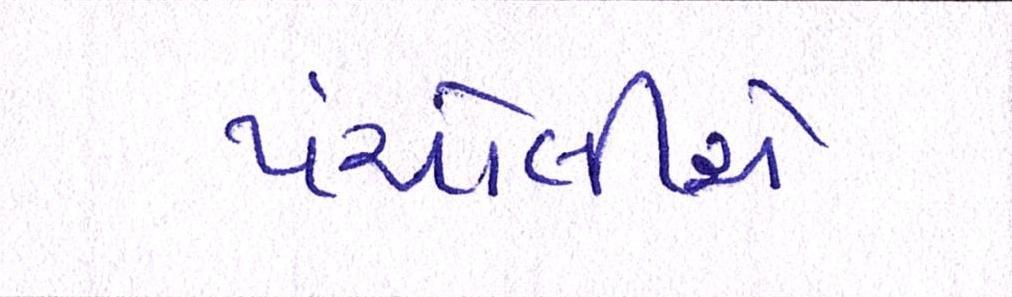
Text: પંચોલીએ